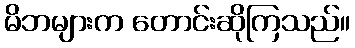
မိဘများက တောင်းဆိုကြသည်။